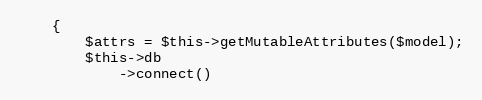
Language: PHP
    {
        $attrs = $this->getMutableAttributes($model);
        $this->db
            ->connect()